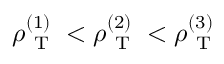
\rho _ { \mathrm { ~ T ~ } } ^ { ( 1 ) } < \rho _ { \mathrm { ~ T ~ } } ^ { ( 2 ) } < \rho _ { \mathrm { ~ T ~ } } ^ { ( 3 ) }